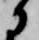
に